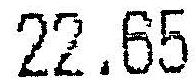
22.65